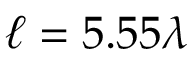
\ell = 5 . 5 5 \lambda